65_HS1-834228961_62-HQ-83894_Section_5
Agency: FBI
Page 68
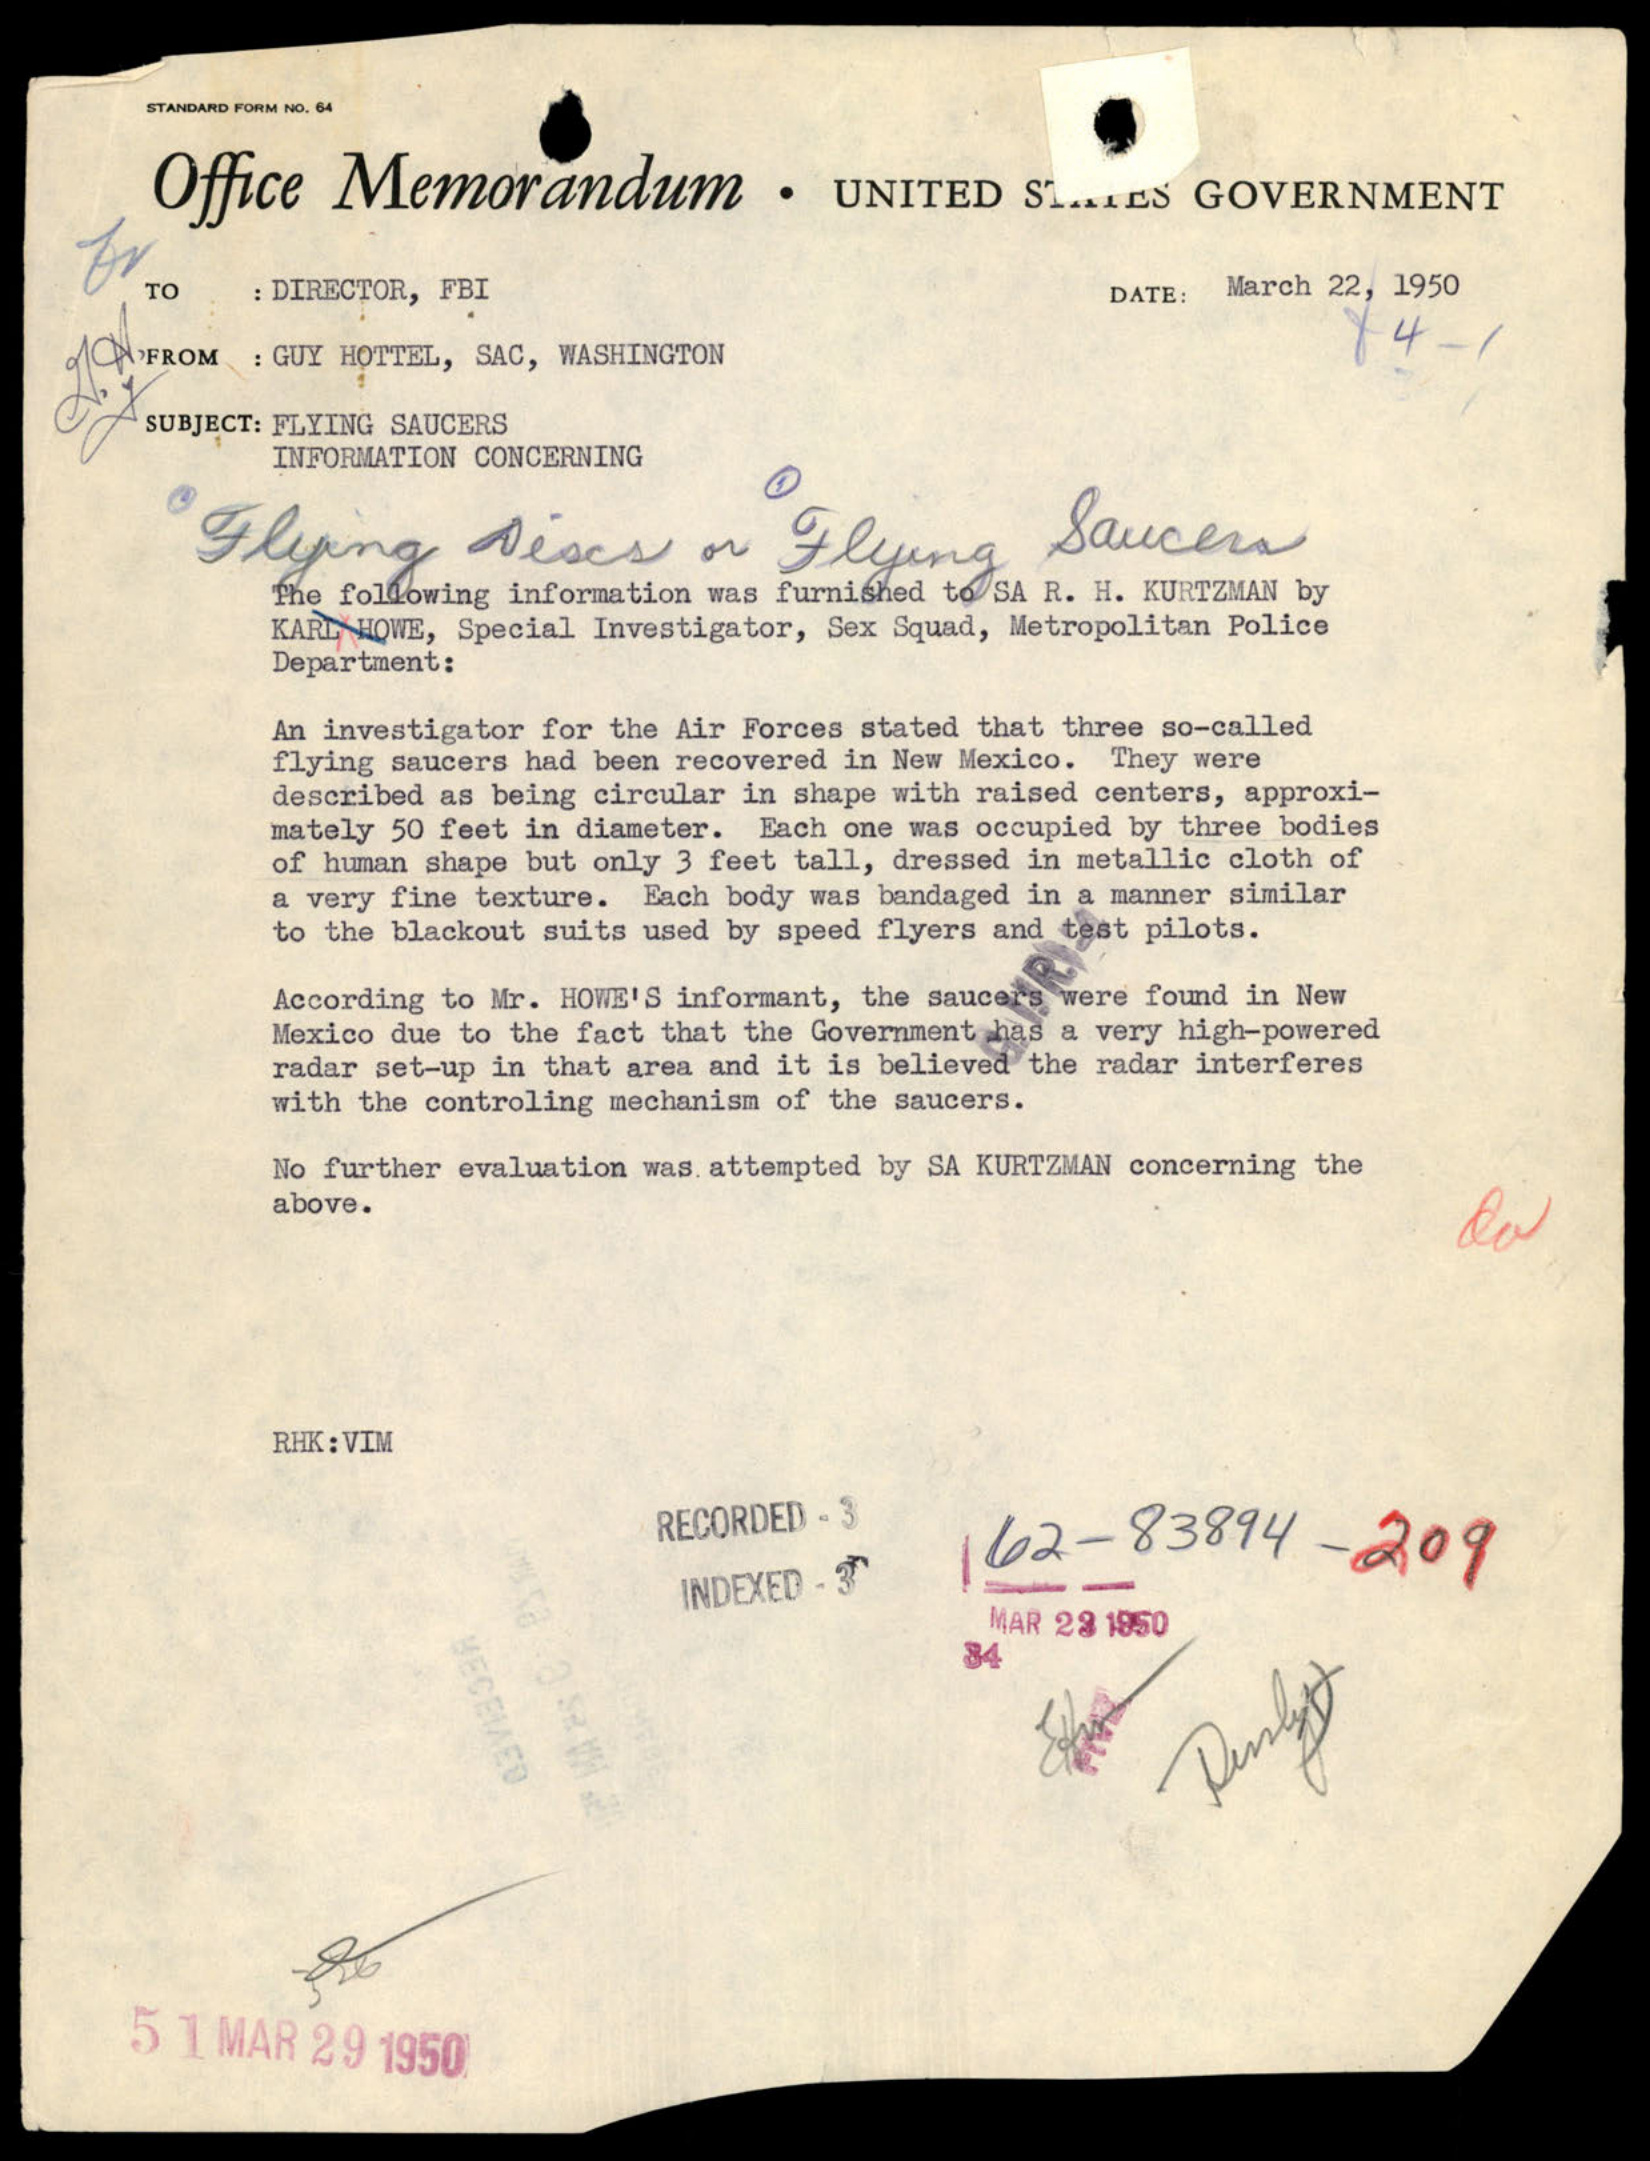